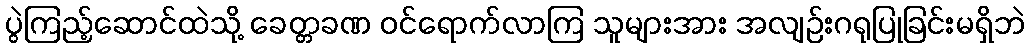
ပွဲကြည့်ဆောင်ထဲသို့ ခေတ္တခဏ ဝင်ရောက်လာကြ သူများအား အလျဉ်းဂရုပြုခြင်းမရှိဘဲ